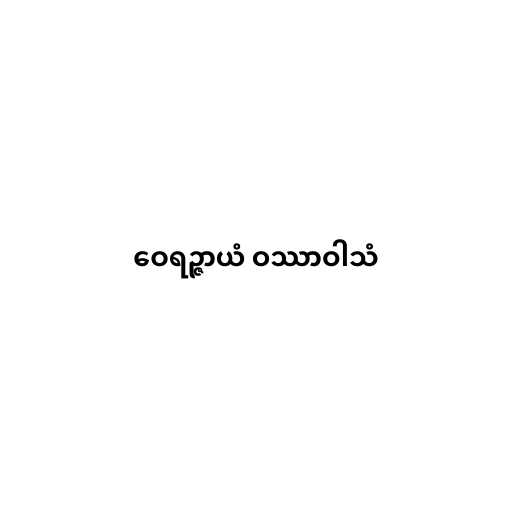
ဝေရဉ္ဇာယံ ဝဿာဝါသံ